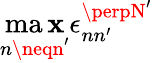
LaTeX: \operatorname*{ma\mathbf{x}}_{n\neqn^{\prime}}\epsilon_{nn^{\prime}}^{\perpN^{\prime}}